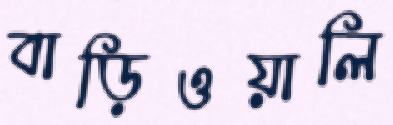
বাড়িওয়ালি